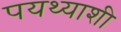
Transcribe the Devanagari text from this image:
पयथ्याशी